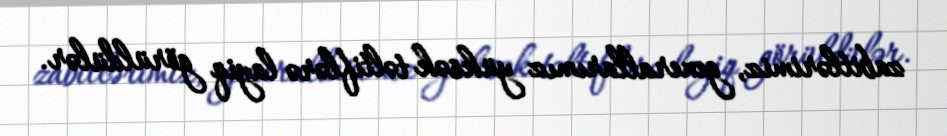
zabitlərimiz, generallarımız yüksək təltiflərə layiq görüldülər.